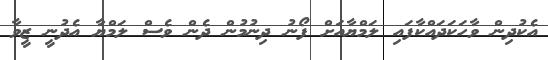
އެކުދިން ވާހަކަދައްކާފައި ލަމްޔާއަށް ފޯނު ދިނުމުން ދެން ވެސް ލަމްޔާ އެދުނީ ޒީވާ